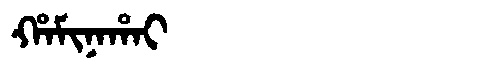
Manchu: ᡥᠠᠮᡳᠨᠠᡥᠠᡳ
Romanization: HAMINAHAI